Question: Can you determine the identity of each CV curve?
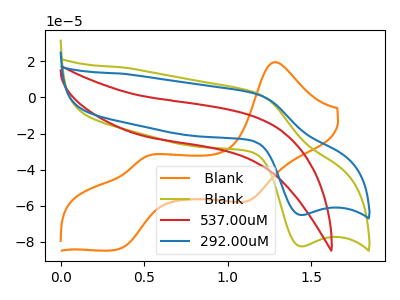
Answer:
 <answer>The orange curve is labeled " Blank". The olive curve is labeled " Blank". The red curve is labeled "537.00uM". The blue curve is labeled "292.00uM".</answer>
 <eval></eval>